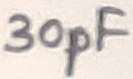
Text: 30pF